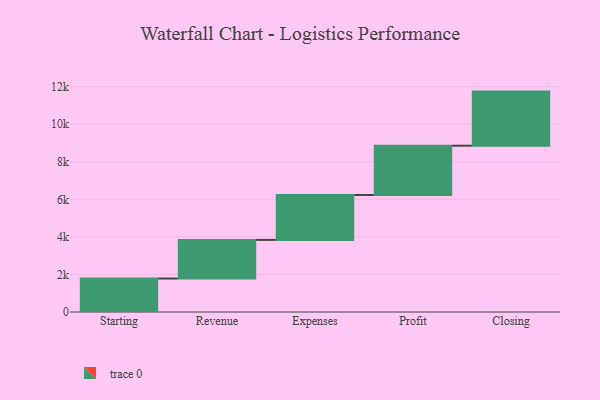
{"axis": {"x": "Step", "y": "Value"}, "legend": [""], "data": [{"x": "Starting", "y": 1782.0, "type": ""}, {"x": "Revenue", "y": 2058.0, "type": ""}, {"x": "Expenses", "y": 2392.0, "type": ""}, {"x": "Profit", "y": 2625.0, "type": ""}, {"x": "Closing", "y": 2882.0, "type": ""}]}